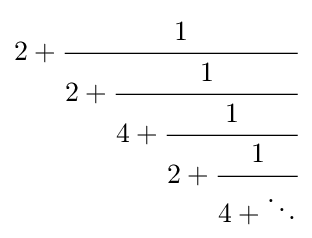
2+{\cfrac {1}{2+{\cfrac {1}{4+{\cfrac {1}{2+{\cfrac {1}{4+\ddots }}}}}}}}